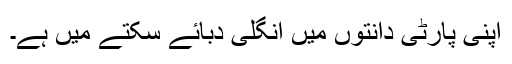
اپنی پارٹی دانتوں میں انگلی دبائے سکتے میں ہے۔